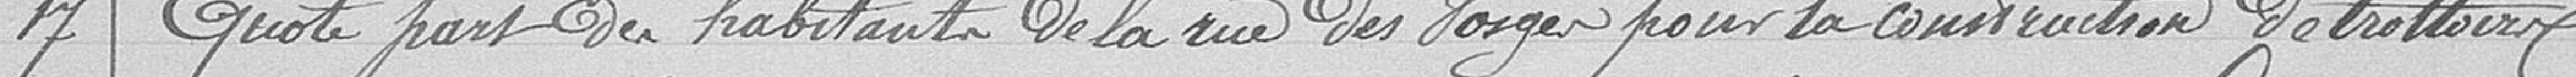
17. Quote part des habitants de la rue des Vosges pour la construction de trottoirs